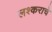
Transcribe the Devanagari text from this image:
लश्कराचे